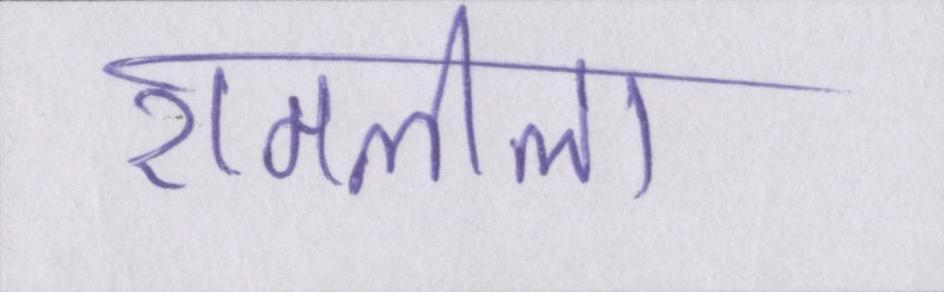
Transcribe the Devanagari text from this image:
रामलीला